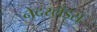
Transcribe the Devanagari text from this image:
नेदरलँड्स्